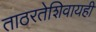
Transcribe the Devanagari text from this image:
ताठरतेशिवायही